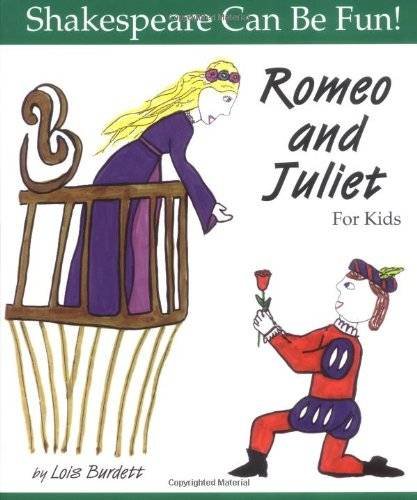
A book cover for Romeo and Juliet for Kids (Shakespeare Can Be Fun!); Lois Burdett; Literature & Fiction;